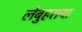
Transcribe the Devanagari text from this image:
लेबुहराया